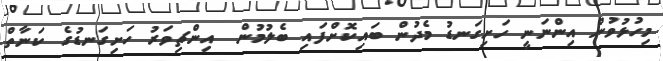
މިހުޅުވުން އިންނަނީ ހަށިގަނޑު މެދުން ބައިކޮށްފައި ބެލުމުން  އިންޗިވަރު ހަށިގަނޑުގެ ކަނާތް